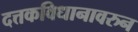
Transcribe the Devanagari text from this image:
दत्तकविधानावरुन